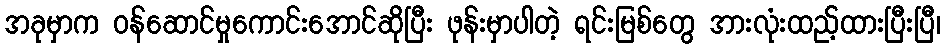
အခုမှာက ဝန်ဆောင်မှုကောင်းအောင်ဆိုပြီး ဖုန်းမှာပါတဲ့ ရင်းမြစ်တွေ အားလုံးထည့်ထားပြီးပြီ၊